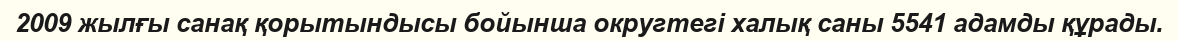
2009 жылғы санақ қорытындысы бойынша округтегі халық саны 5541 адамды құрады.